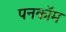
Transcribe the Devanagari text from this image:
पनकॉम